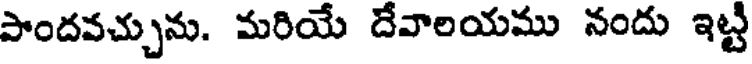
పొందవచ్చును. మరియే దేవాలయము నందు ఇట్టి